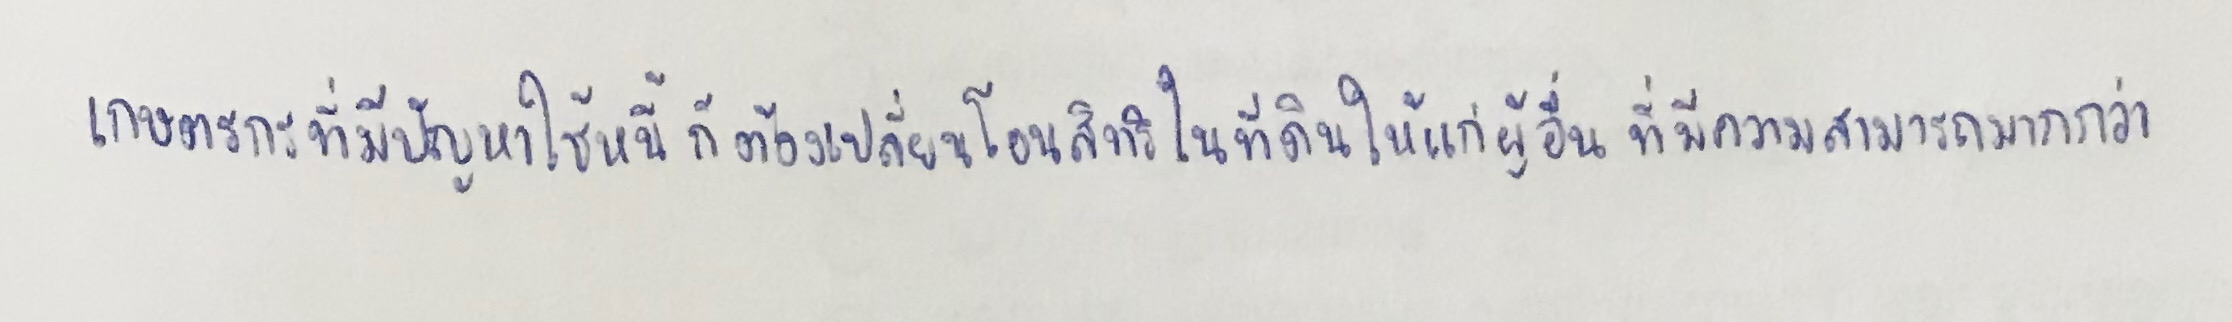
เกษตรกรที่มีปัญหาใช้หนี้ก็ต้องเปลี่ยนโอนสิทธิในที่ดินให้แก่ผู้อื่นที่มีความสามารถมากกว่า